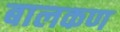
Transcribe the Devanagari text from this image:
बालकण